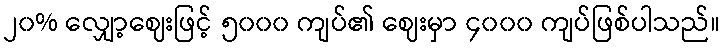
၂၀% လျှော့ဈေးဖြင့် ၅၀၀၀ ကျပ်၏ ဈေးမှာ ၄၀၀၀ ကျပ်ဖြစ်ပါသည်။